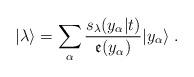
LaTeX: \begin{align*}|\lambda \rangle =\sum_{\alpha }\frac{s_{\lambda }(y_{\alpha }|t)}{\mathfrak{e}(y_{\alpha })}|y_{\alpha }\rangle \;. \end{align*}